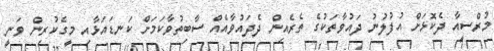
މުރްސީއާ ދެކޮޅަށް އުފުލުނު ދައުވާތަކުގެ ތެރެއިން ދެދައުވާއެއް ސާބިތުވާކަމަށް ކަނޑައަޅާއި މީގެކުރިން ވަނީ